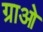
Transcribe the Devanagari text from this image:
ग्राओ